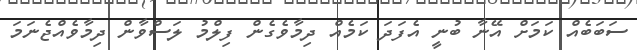
ސަބަބެއް ކަމަށް އޭނާ ބުނީ އެފަދަ ކަމެއް ދިމާވެގެން ފިލްމު ލަސްވާން ދިމާވެއްޖެނަމަ